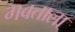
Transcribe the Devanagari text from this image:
गवताला